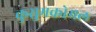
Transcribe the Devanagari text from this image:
कुसुमकोमल